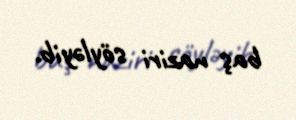
baş naziri söyləyib.